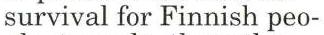
survival for Finnish peo-